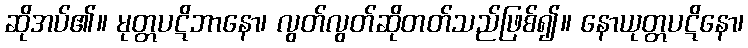
ဆိုအပ်၏။ မုတ္တပဋိဘာနော၊ လွတ်လွတ်ဆိုတတ်သည်ဖြစ်၍။ နောယုတ္တပဋိနော၊